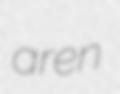
aren